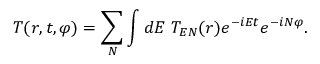
T ( r , t , \varphi ) = \sum _ { N } \int d E \; T _ { E N } ( r ) e ^ { - i E t } e ^ { - i N \varphi } .